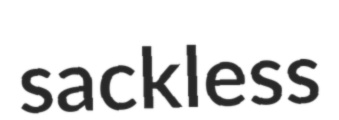
sackless